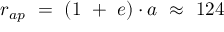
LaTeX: \begin{array} { l } { r _ { a p } \ = \ ( 1 \ + \ e ) \cdot a \ \approx \ 1 2 4 } \end{array}